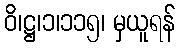
ဝိ၊ဋ္ဌ၊၁၊၁၁၅၊ မှယူရန်